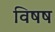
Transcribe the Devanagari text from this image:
विषष